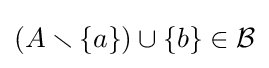
(A\smallsetminus \{a\})\cup \{b\}\in {\mathcal {B}}